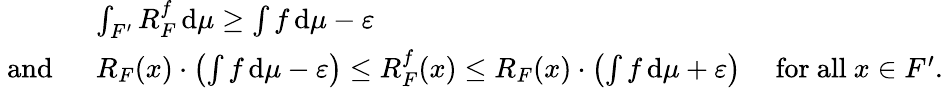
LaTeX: \begin{array}{rlr}&{\int_{F^{\prime}}R_{F}^{f}\, \mathrm{d}\mu\geq\int f\, \mathrm{d}\mu-\varepsilon}\\ {\mathrm{~and~}\; }&{R_{F}(x)\cdot\left(\int f\, \mathrm{d}\mu-\varepsilon\right)\leq R_{F}^{f}(x)\leq R_{F}(x)\cdot\left(\int f\, \mathrm{d}\mu+\varepsilon\right)}&{\mathrm{~for~all~}x\in F^{\prime}.}\end{array}